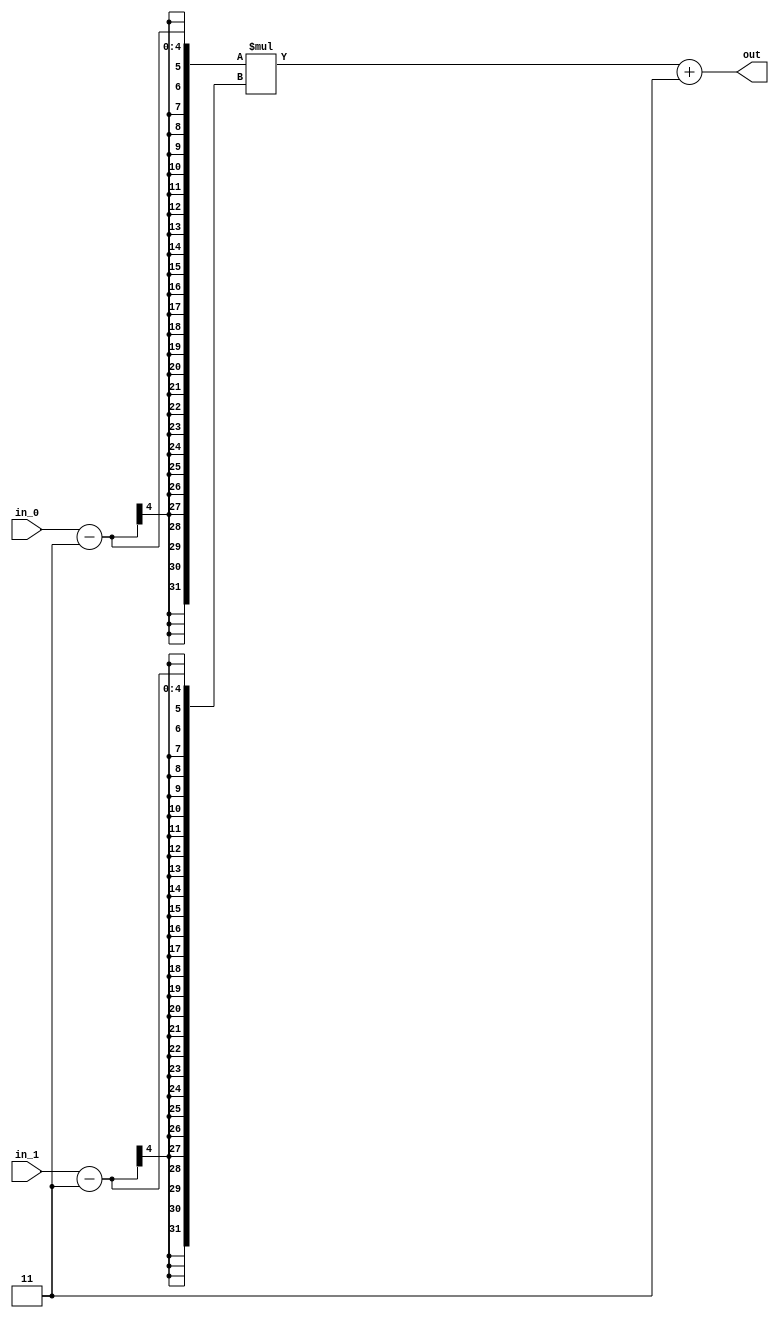
/* Construiti un modul ce inmulteste doua cifre reprezentate in Exces de 3 si returneaza rezultatul intr-o singura iesire, reprezentata tot in Exces de 3 */
module e3_mult(
    input [3:0] in_0,  // Primul operand in Exces de 3
    input [3:0] in_1,  // Al doilea operand in Exces de 3
    output reg [7:0] out // Rezultatul inmultirii in Exces de 3
);

    // Converteste valorile din Exces de 3 in valori normale, inmulteste si apoi converteste rezultatul inapoi in Exces de 3
    always @(*) begin
        out = ((in_0 - 3) * (in_1 - 3)) + 3;
    end

endmodule


module e3_mult_tb;
    reg[3:0] in_0, in_1;
    wire[7:0] act_out;
    reg[7:0] exp_out;
    wire verdict;

    e3_mult uut(.in_0(in_0), .in_1(in_1), .out(act_out));
    integer tests_total, tests_passed, nota;
    integer data_file, random_int;

    assign verdict = exp_out === act_out;

    initial begin
        $display("in_0\tin_1\t\texpected_out\tactual_out\tPassed(1)/Failed(0)");
        $monitor("%4b\t%4b\t\t%12b\t%10b\t%18d", in_0, in_1, exp_out, act_out, verdict);

        tests_total = 0;
        tests_passed = 0;
        data_file = 0;
        data_file = $fopen("ex1_tests.dat", "r");
        if (data_file == 0) begin
            $display("Adauga fisierul ex1_tests.dat in acelasi folder");
            $finish;
        end
        while(!$feof(data_file)) begin
            random_int = $fscanf(data_file, "%b %b %b\n", in_0, in_1, exp_out);
            tests_total = tests_total + 1;
            #1;
            tests_passed = tests_passed + verdict;
        end

        $display("Passed / Total: %2d / %2d", tests_passed, tests_total);
        nota = tests_passed * 1000 / tests_total * 2;
        $display("Nota: %1d.%03d", nota / 1000, nota % 1000);
    end
endmodule